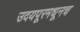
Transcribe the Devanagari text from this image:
उदयपूरमधूनच